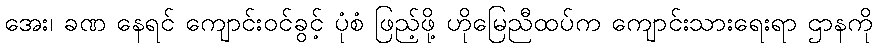
အေး၊ ခဏ နေရင် ကျောင်းဝင်ခွင့် ပုံစံ ဖြည့်ဖို့ ဟိုမြေညီထပ်က ကျောင်းသားရေးရာ ဌာနကို